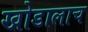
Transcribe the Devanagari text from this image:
खोडालाच